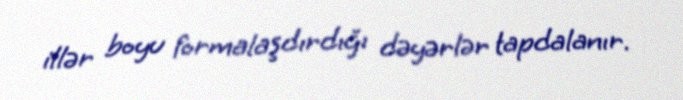
illər boyu formalaşdırdığı dəyərlər tapdalanır.